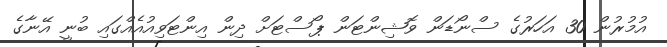
އުމުރުން 30 އަހަރުގެ ސްނޯޑަން ވޮޝިންޓަން ޕޯސްޓަށް ދިން އިންޓަވިއުއެއްގައި ބުނީ އޭނާގެ